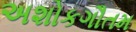
અશોકગૌતમ